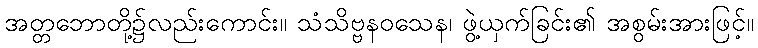
အတ္တဘောတို့၌လည်းကောင်း။ သံသိဗ္ဗနဝသေန၊ ဖွဲ့ယှက်ခြင်း၏ အစွမ်းအားဖြင့်။